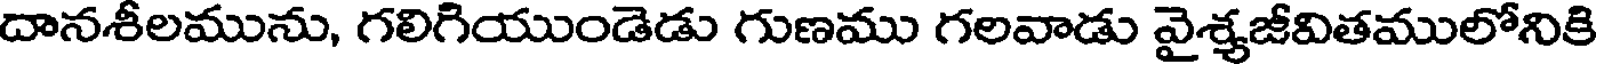
దానశీలమును, గలిగియుండెడు గుణము గలవాడు వైశ్యజీవితములోనికి